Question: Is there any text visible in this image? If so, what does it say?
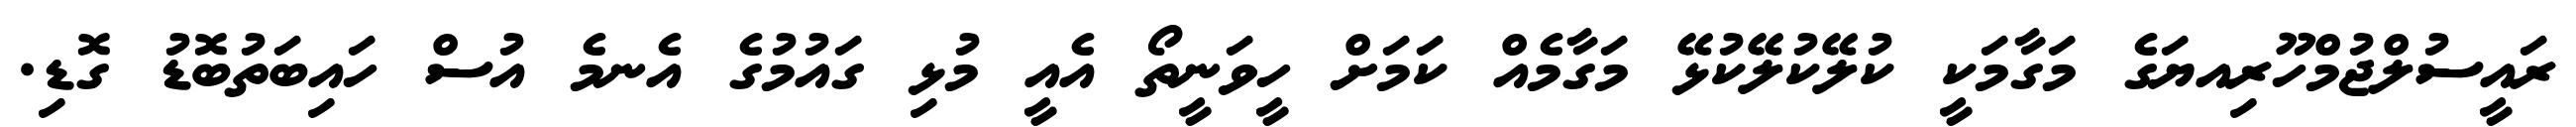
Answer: ރައީސުލްޖުމްހޫރިއޔަގެ މަގާމަކީ ކުލޭކުލޭކުޅޭ މަގާމެއް ކަމަށް ހީވަނީތޯ އެއީ މުޅި ގައުމުގެ އެނމެ އުސް ހައިބަތުބޮޑު ގޮޑި.